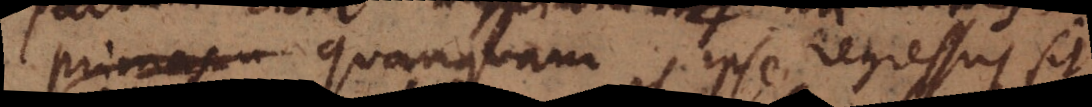
primas Quanquam is ipse regressus sit